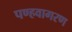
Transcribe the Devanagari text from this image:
पण्हवागरण